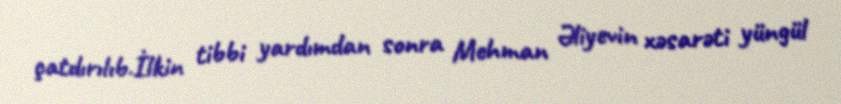
çatdırılıb.İlkin tibbi yardımdan sonra Mehman Əliyevin xəsarəti yüngül